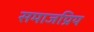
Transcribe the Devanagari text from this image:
समाजप्रिय